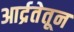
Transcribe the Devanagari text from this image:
आर्द्रतेतून